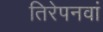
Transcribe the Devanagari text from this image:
तिरेपनवां